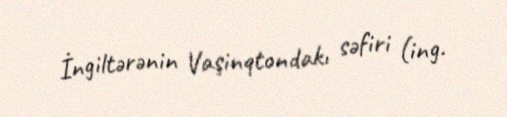
İngiltərənin Vaşinqtondakı səfiri (ing.